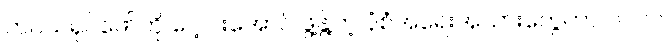
ဘဝသရုပ်ဖော်ကို ပေါ့ပါးအောင် ဖွဲ့နွဲ့တဲ့ ပုံစံအရေးအသားတွေဟာ ၂၀၀၀